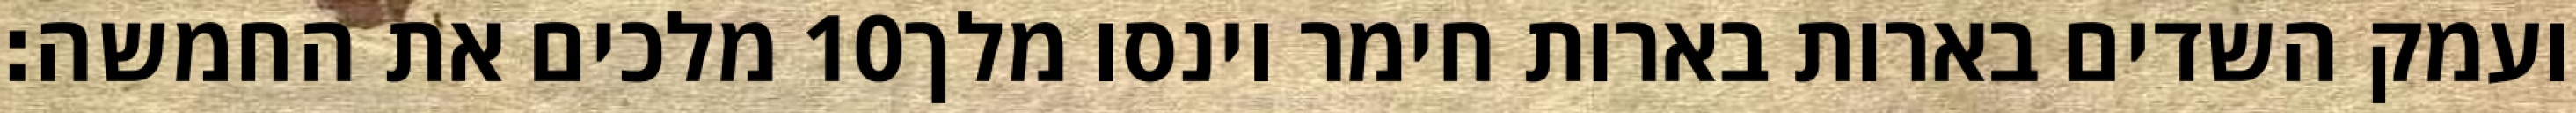
מלכים את החמשה׃ ‎10‏ ועמק השדים בארות בארות חימר וינסו מלך